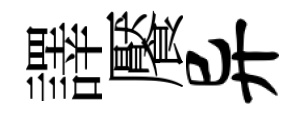
譯饜异